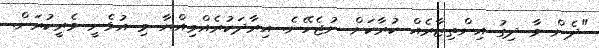
"ދެން މާ ދިގު އިންތިޒާރެއް ކުރާކަށް ނުޖެހޭނެ. އިރާދަކުރެއްވިއްޔާ މި އުޅެނީ މެރީކުރަން.